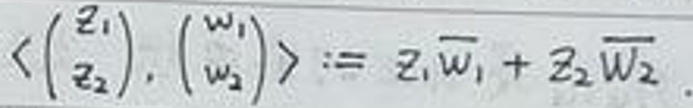
$\left\langle\begin{pmatrix}z_1\\z_2\end{pmatrix},\begin{pmatrix}w_1\\w_2\end{pmatrix}\right\rangle:=z_1\overline{w_1}+z_2\overline{w_2}.$